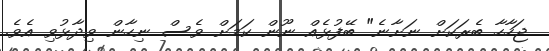
ޖަހާހާ ބެރަކަށް ނަށާނެ" ބޭފުޅެއް ނޫން ކަމަށް ވެސް ނިހާން ވިދާޅުވި އެވެ.